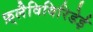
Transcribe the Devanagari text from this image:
फ़्लैविविरिडेई